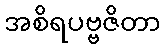
အစိရပဗ္ဗဇိတာ